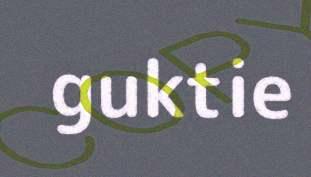
guktie